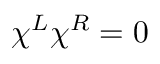
\chi ^ { L } \chi ^ { R } = 0